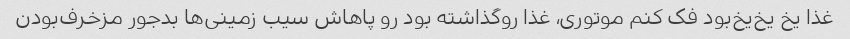
غذا یخ یخ‌یخ‌بود فک کنم‌ موتوری، غذا رو‌گذاشته بود رو پاهاش سیب زمینی‌ها بدجور مزخرف‌بودن